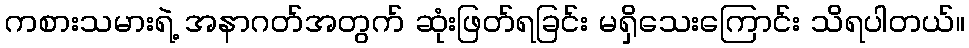
ကစားသမားရဲ့ အနာဂတ်အတွက် ဆုံးဖြတ်ရခြင်း မရှိသေးကြောင်း သိရပါတယ်။